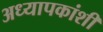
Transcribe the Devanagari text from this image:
अध्यापकांशी